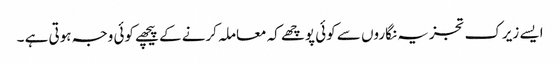
ایسے زیرک تجزیہ نگاروں سے کوئی پوچھے کہ معاملہ کرنے کے پیچھے کوئی وجہ ہوتی ہے ۔